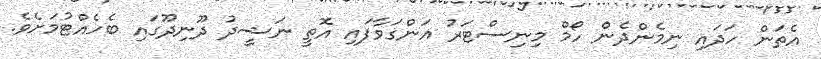
އެތަން ހަދައި ނިމެންދެން ހޯމް މިނިސްޓަރު އަންގަވާފައި އޮތީ ނަޝީދު ދޫނިދޫގައި ބެހެއްޓުމަށެވެ.